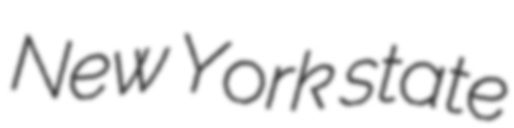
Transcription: New York state